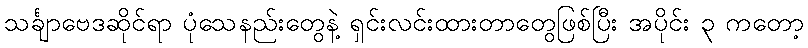
သင်္ချာဗေဒဆိုင်ရာ ပုံသေနည်းတွေနဲ့ ရှင်းလင်းထားတာတွေဖြစ်ပြီး အပိုင်း ၃ ကတော့